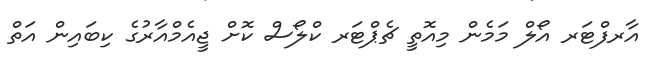
އާރފްޓަރ އޯލް މަމެން މިއޮތީ ޗެޕްޓަރ ކްލޯސް ކޮށް ޖީއެމްއާރުގެ ކިބައިން އަތް